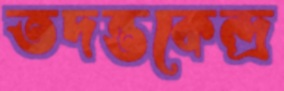
তদন্তকেন্দ্র